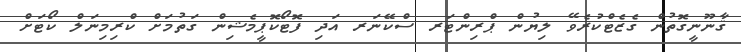
ޤާނޫނީގޮތުން ގެޒެޓްކުރެވޭ ލިޔުން ޕްރިންޓަރ ސްކޭނަރ އަދި ފޮޓޯކޮޕީމެޝިން ގަތުމަށް ކްރިމިނަލް ކޯޓަށް